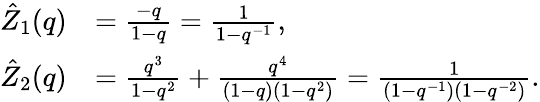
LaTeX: \begin{array}{rl}{\hat{Z}_{1}(q)}&{=\frac{-q}{1-q}=\frac{1}{1-q^{-1}},}\\ {\hat{Z}_{2}(q)}&{=\frac{q^{3}}{1-q^{2}}+\frac{q^{4}}{(1-q)\left(1-q^{2}\right)}=\frac{1}{\left(1-q^{-1}\right)\left(1-q^{-2}\right)}.}\end{array}